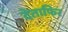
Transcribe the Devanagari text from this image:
देताफिर